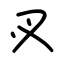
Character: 㕚